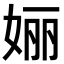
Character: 㛤